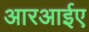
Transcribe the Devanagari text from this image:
आरआईए